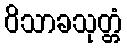
ဝိသာခသုတ္တံ